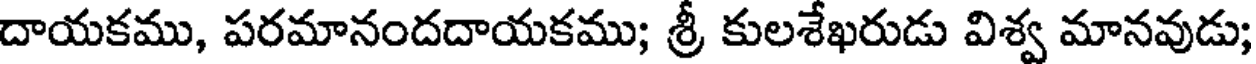
దాయకము, పరమానందదాయకము; శ్రీ కులశేఖరుడు విశ్వ మానవుడు;